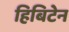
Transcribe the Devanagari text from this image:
हिबिटेन